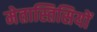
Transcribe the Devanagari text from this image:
मेतास्तिसियों